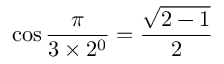
\cos { \frac { \pi } { 3 \times 2 ^ { 0 } } } = { \frac { \sqrt { 2 - 1 } } { 2 } }